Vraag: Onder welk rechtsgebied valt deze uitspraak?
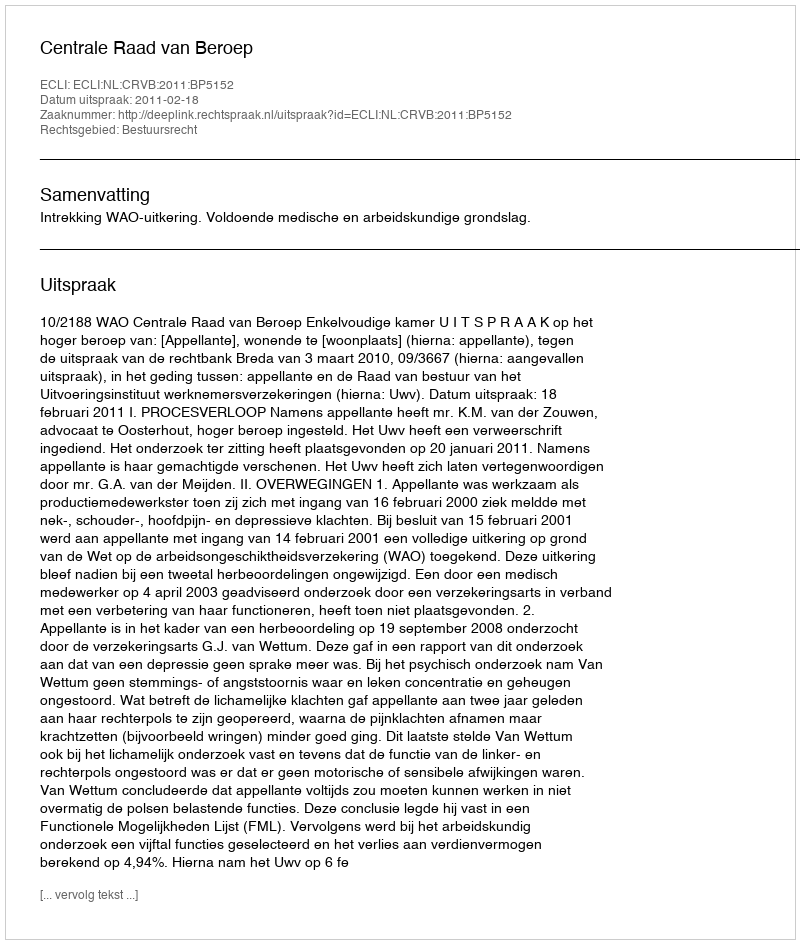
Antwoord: Bestuursrecht